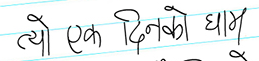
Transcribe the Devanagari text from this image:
त्यो एक दिनको घाम